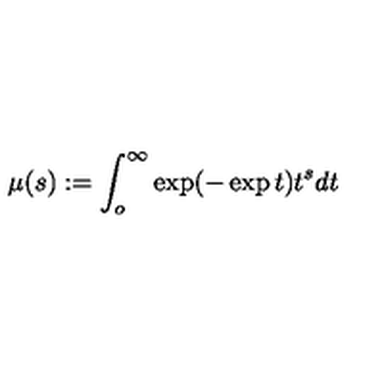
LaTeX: \mu ( s ) : = \int _ { o } ^ { \infty } \exp ( - \exp t ) t ^ { s } d t